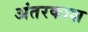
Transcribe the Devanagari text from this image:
अंतरकाश